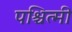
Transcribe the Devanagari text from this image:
पश्चित्मी